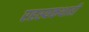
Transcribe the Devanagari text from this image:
रहस्यकथाही